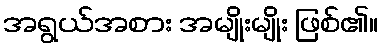
အရွယ်အစား အမျိုးမျိုး ဖြစ်၏။